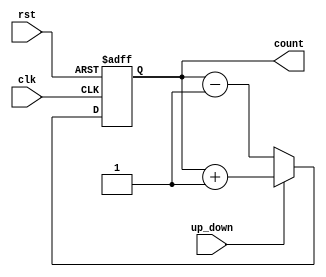
module bidirectional_gray_counter (
  input clk,
  input rst,
  input up_down,
  output reg [3:0] count
);

always @(posedge clk or posedge rst) begin
  if (rst) begin
    count <= 4'b0000;
  end else begin
    if (up_down) begin
      count <= count + 1;
    end else begin
      count <= count - 1;
    end
  end
end

endmodule